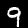
Digit: 9